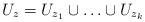
LaTeX: \begin{align*}U_{z}=U_{z_{1}}\cup \ldots \cup U_{z_{k}}\end{align*}